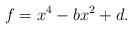
LaTeX: \begin{align*}f = x^4 - bx^2 + d.\end{align*}